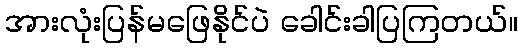
အားလုံးပြန်မဖြေနိုင်ပဲ ခေါင်းခါပြကြတယ်။